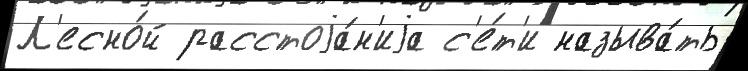
Л'есно́й расстоjа́н'иjа с'е́т'и называ́ть